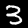
Label: 3